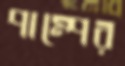
পাম্পের